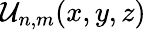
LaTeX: \mathcal{U}_{n,m}(x,y,z)